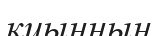
қиынның